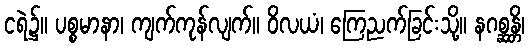
ငရဲ၌။ ပစ္စမာနာ၊ ကျက်ကုန်လျက်။ ဝိလယံ၊ ကြေညက်ခြင်းသို့။ နဂစ္ဆန္တိ၊